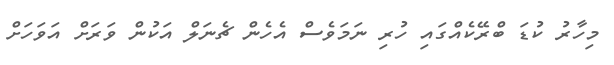
މިހާރު ކުޑަ ބްރޭކެއްގައި ހުރި ނަމަވެސް އެހެން ޗެނަލް އަކުން ވަރަށް އަވަހަށް